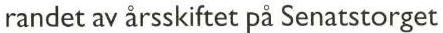
randet av årsskiftet på Senatstorget